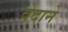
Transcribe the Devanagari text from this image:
वेदाने